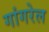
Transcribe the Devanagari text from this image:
गांगरेल